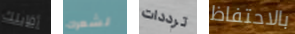
أقابلك لشعرك ترددات بالاحتفاظ